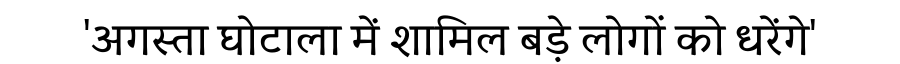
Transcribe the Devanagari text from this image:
'अगस्ता घोटाला में शामिल बड़े लोगों को धरेंगे'